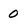
Character: 0